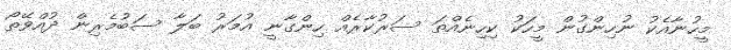
މީހުނާއެކު ނުހިންގުން މީހަކު ކިހިނެއްތަ ސަރުކާރެއް ހިންގާނީ އުމަރު ބަލާ ސަބުމެރިން ދުއްވޭތޯ